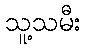
သူ့သမီး